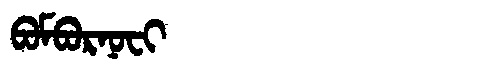
Manchu: ᠪᠣᠮᠪᠣᡵᠨᠣᠸᡳ
Romanization: BOMBORNOFI